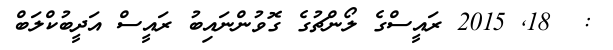
:  18